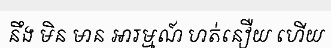
នឹង មិន មាន ឤរម្មណ៍ ហត់នឿយ ហើយ